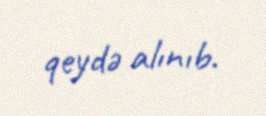
qeydə alınıb.